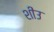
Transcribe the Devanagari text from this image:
शीउ